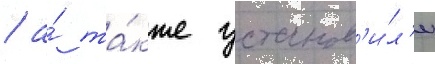
/ а́ та́кже установ'и́л'и